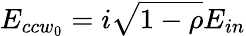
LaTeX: E_{{ccw}_{0}}=i\sqrt{1-\rho}E_{in}